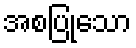
အစပြုသော